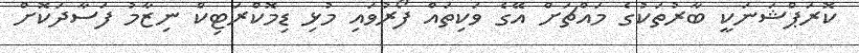
ކޮރަޕްޝަނަކީ ބާރުތަކުގެ މައްޗަށް އޭގެ ވަކިތައް ފޯރުވައި މުޅި ޑިމޮކްރަޓިކް ނިޒާމު ފަސާދަކޮށް